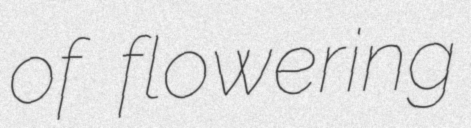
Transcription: of flowering